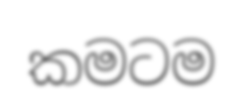
කමටම